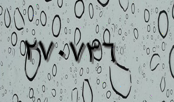
٢٧٠٧٣٦